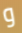
و